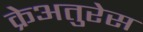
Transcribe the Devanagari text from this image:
क्रेअतुरेस